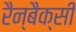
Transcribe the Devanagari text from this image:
रैन्बैक्सी